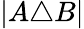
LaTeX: |A\triangle B|